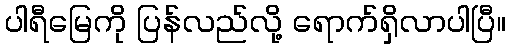
ပါရီမြေကို ပြန်လည်လို့ ရောက်ရှိလာပါပြီ။